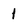
Character: 1